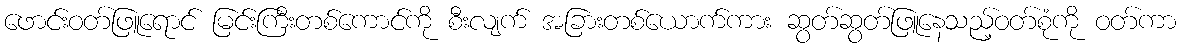
ဖောင်းဝတ်ဖြူရောင် မြင်းကြီးတစ်ကောင်ကို စီးလျက် အခြားတစ်ယောက်ကား ဆွတ်ဆွတ်ဖြူနေသည့်ဝတ်စုံကို ဝတ်ကာ